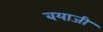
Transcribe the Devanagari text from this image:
बयाजी